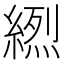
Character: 𦃾